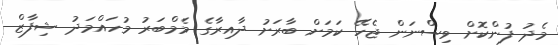
މެދު ފުންކޮށް ވިސްނަން ޖެހޭ ކަމަށް ބާރަށު ދާއިރާގެ މެމްބަރު މުހައްމަދު ޝިފާޒް